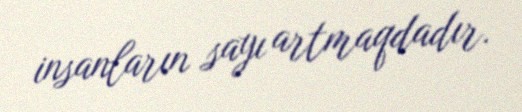
insanların sayı artmaqdadır.